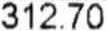
312.70